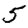
Digit: 5